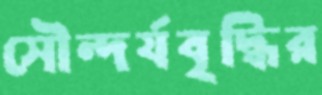
সৌন্দর্যবৃদ্ধির